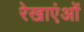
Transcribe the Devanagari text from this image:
रेखाएंओं